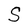
Character: S